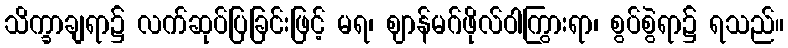
သိက္ခာချရာ၌ လက်ဆုပ်ပြခြင်းဖြင့် မရ၊ ဈာန်မဂ်ဖိုလ်ဝါကြွားရာ၊ စွပ်စွဲရာ၌ ရသည်။